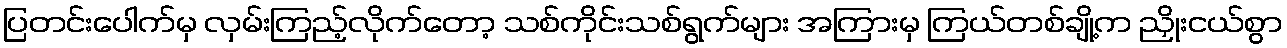
ပြတင်းပေါက်မှ လှမ်းကြည့်လိုက်တော့ သစ်ကိုင်းသစ်ရွက်များ အကြားမှ ကြယ်တစ်ချို့က ညှိုးငယ်စွာ